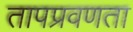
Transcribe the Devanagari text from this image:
तापप्रवणता